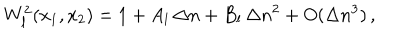
W _ { l } ^ { 2 } ( x _ { 1 } , x _ { 2 } ) = 1 + A _ { l } \, \Delta n + B _ { l } \, \Delta n ^ { 2 } + O ( \Delta n ^ { 3 } ) \, ,